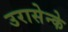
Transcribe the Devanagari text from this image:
उरासेन्के